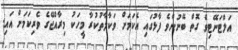
އަލްޓަނޭޓިވް ގޮތް ބޭނުންވެ ފާޅުގައި އެކަމަށް ވަކާލާތުކުރާ މީހަކު މިރާއްޖޭގެ ވެރިކަމަށް އައި.